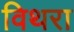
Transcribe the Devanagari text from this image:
विथरा